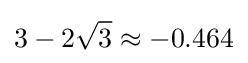
3-2{\sqrt {3}}\approx -0.464